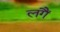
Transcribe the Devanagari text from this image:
लगैं